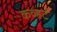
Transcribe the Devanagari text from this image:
कव्हर्ट